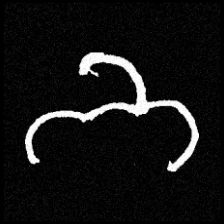
Pyu character \u2014 Myanmar letter: ဘ (romanized: bha)